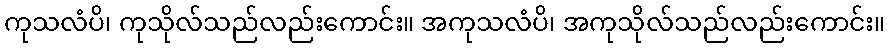
ကုသလံပိ၊ ကုသိုလ်သည်လည်းကောင်း။ အကုသလံပိ၊ အကုသိုလ်သည်လည်းကောင်း။